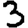
Digit: 3